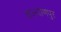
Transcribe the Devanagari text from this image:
कल्‍याणपुर